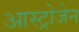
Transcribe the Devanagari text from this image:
आस्ट्रोजेन